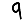
Digit: 9